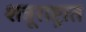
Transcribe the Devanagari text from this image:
शत्रूराष्ट्रात